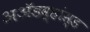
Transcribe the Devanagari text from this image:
अॲडव्हांस्ड